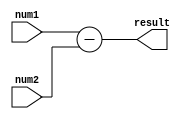
module subtractor (
    input wire signed [15:0] num1,
    input wire signed [15:0] num2,
    output wire signed [15:0] result
);

// Input and output registers
reg signed [15:0] reg_num1;
reg signed [15:0] reg_num2;
reg signed [15:0] reg_result;

// Subtract logic
always @* begin
    reg_num1 = num1;
    reg_num2 = num2;
    reg_result = reg_num1 - reg_num2;
end

assign result = reg_result;

endmodule